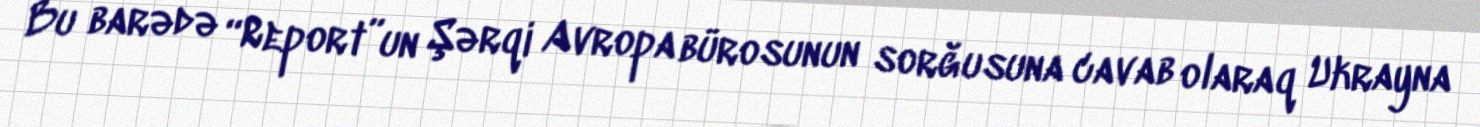
Bu barədə “Report”un Şərqi Avropa bürosunun sorğusuna cavab olaraq Ukrayna